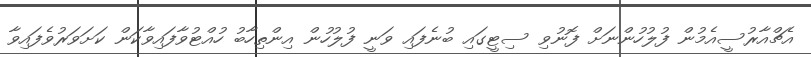
އެޗްއާރުސީއެމުން ފުލުހުންނަށް ފޮނުވި ސިޓީގައި ބުނެފައި ވަނީ ފުލުހުން އިންތިހާބު ހުއްޓުވާފައިވާކަން ކަށަވަރުވެފައިވާ